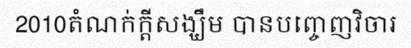
2010តំណក់ក្តីសង្ឃឹម បានបញ្ចេញវិចារ